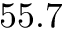
5 5 . 7